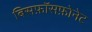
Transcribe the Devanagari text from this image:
बिसफ़ॉसफ़ोनेट